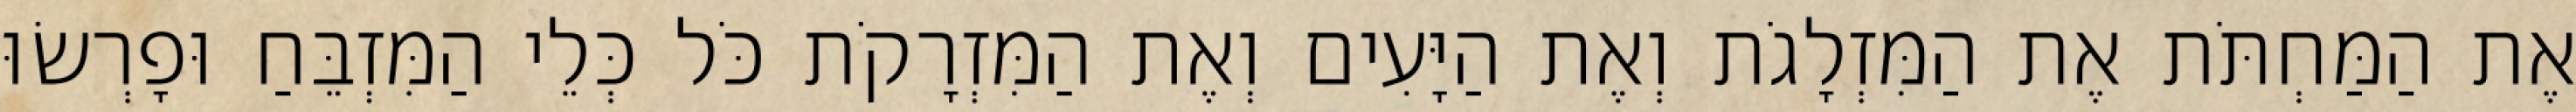
אֶת הַמַּחְתֹּת אֶת הַמִּזְלָגֹת וְאֶת הַיָּעִים וְאֶת הַמִּזְרָקֹת כֹּל כְּלֵי הַמִּזְבֵּחַ וּפָרְשׂוּ